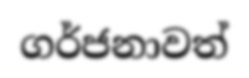
ගර්ජනාවත්